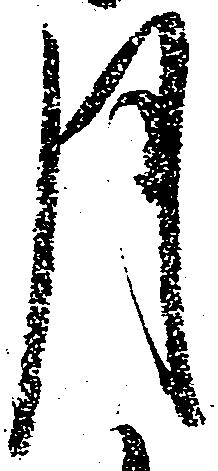
月